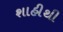
શાહીથી